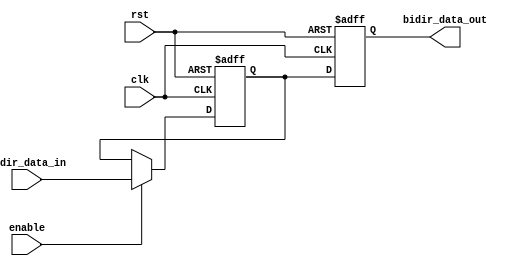
module io_buffer (
    input wire clk,
    input wire rst,
    input wire enable,
    input wire bidir_data_in,
    output reg bidir_data_out
);

reg delay_reg;

always @(posedge clk or posedge rst) begin
    if(rst) begin
        delay_reg <= 0;
        bidir_data_out <= 0;
    end else begin
        if(enable) begin
            delay_reg <= bidir_data_in;
        end
        bidir_data_out <= delay_reg;
    end
end

endmodule